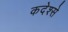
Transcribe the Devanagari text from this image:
कदेश्से